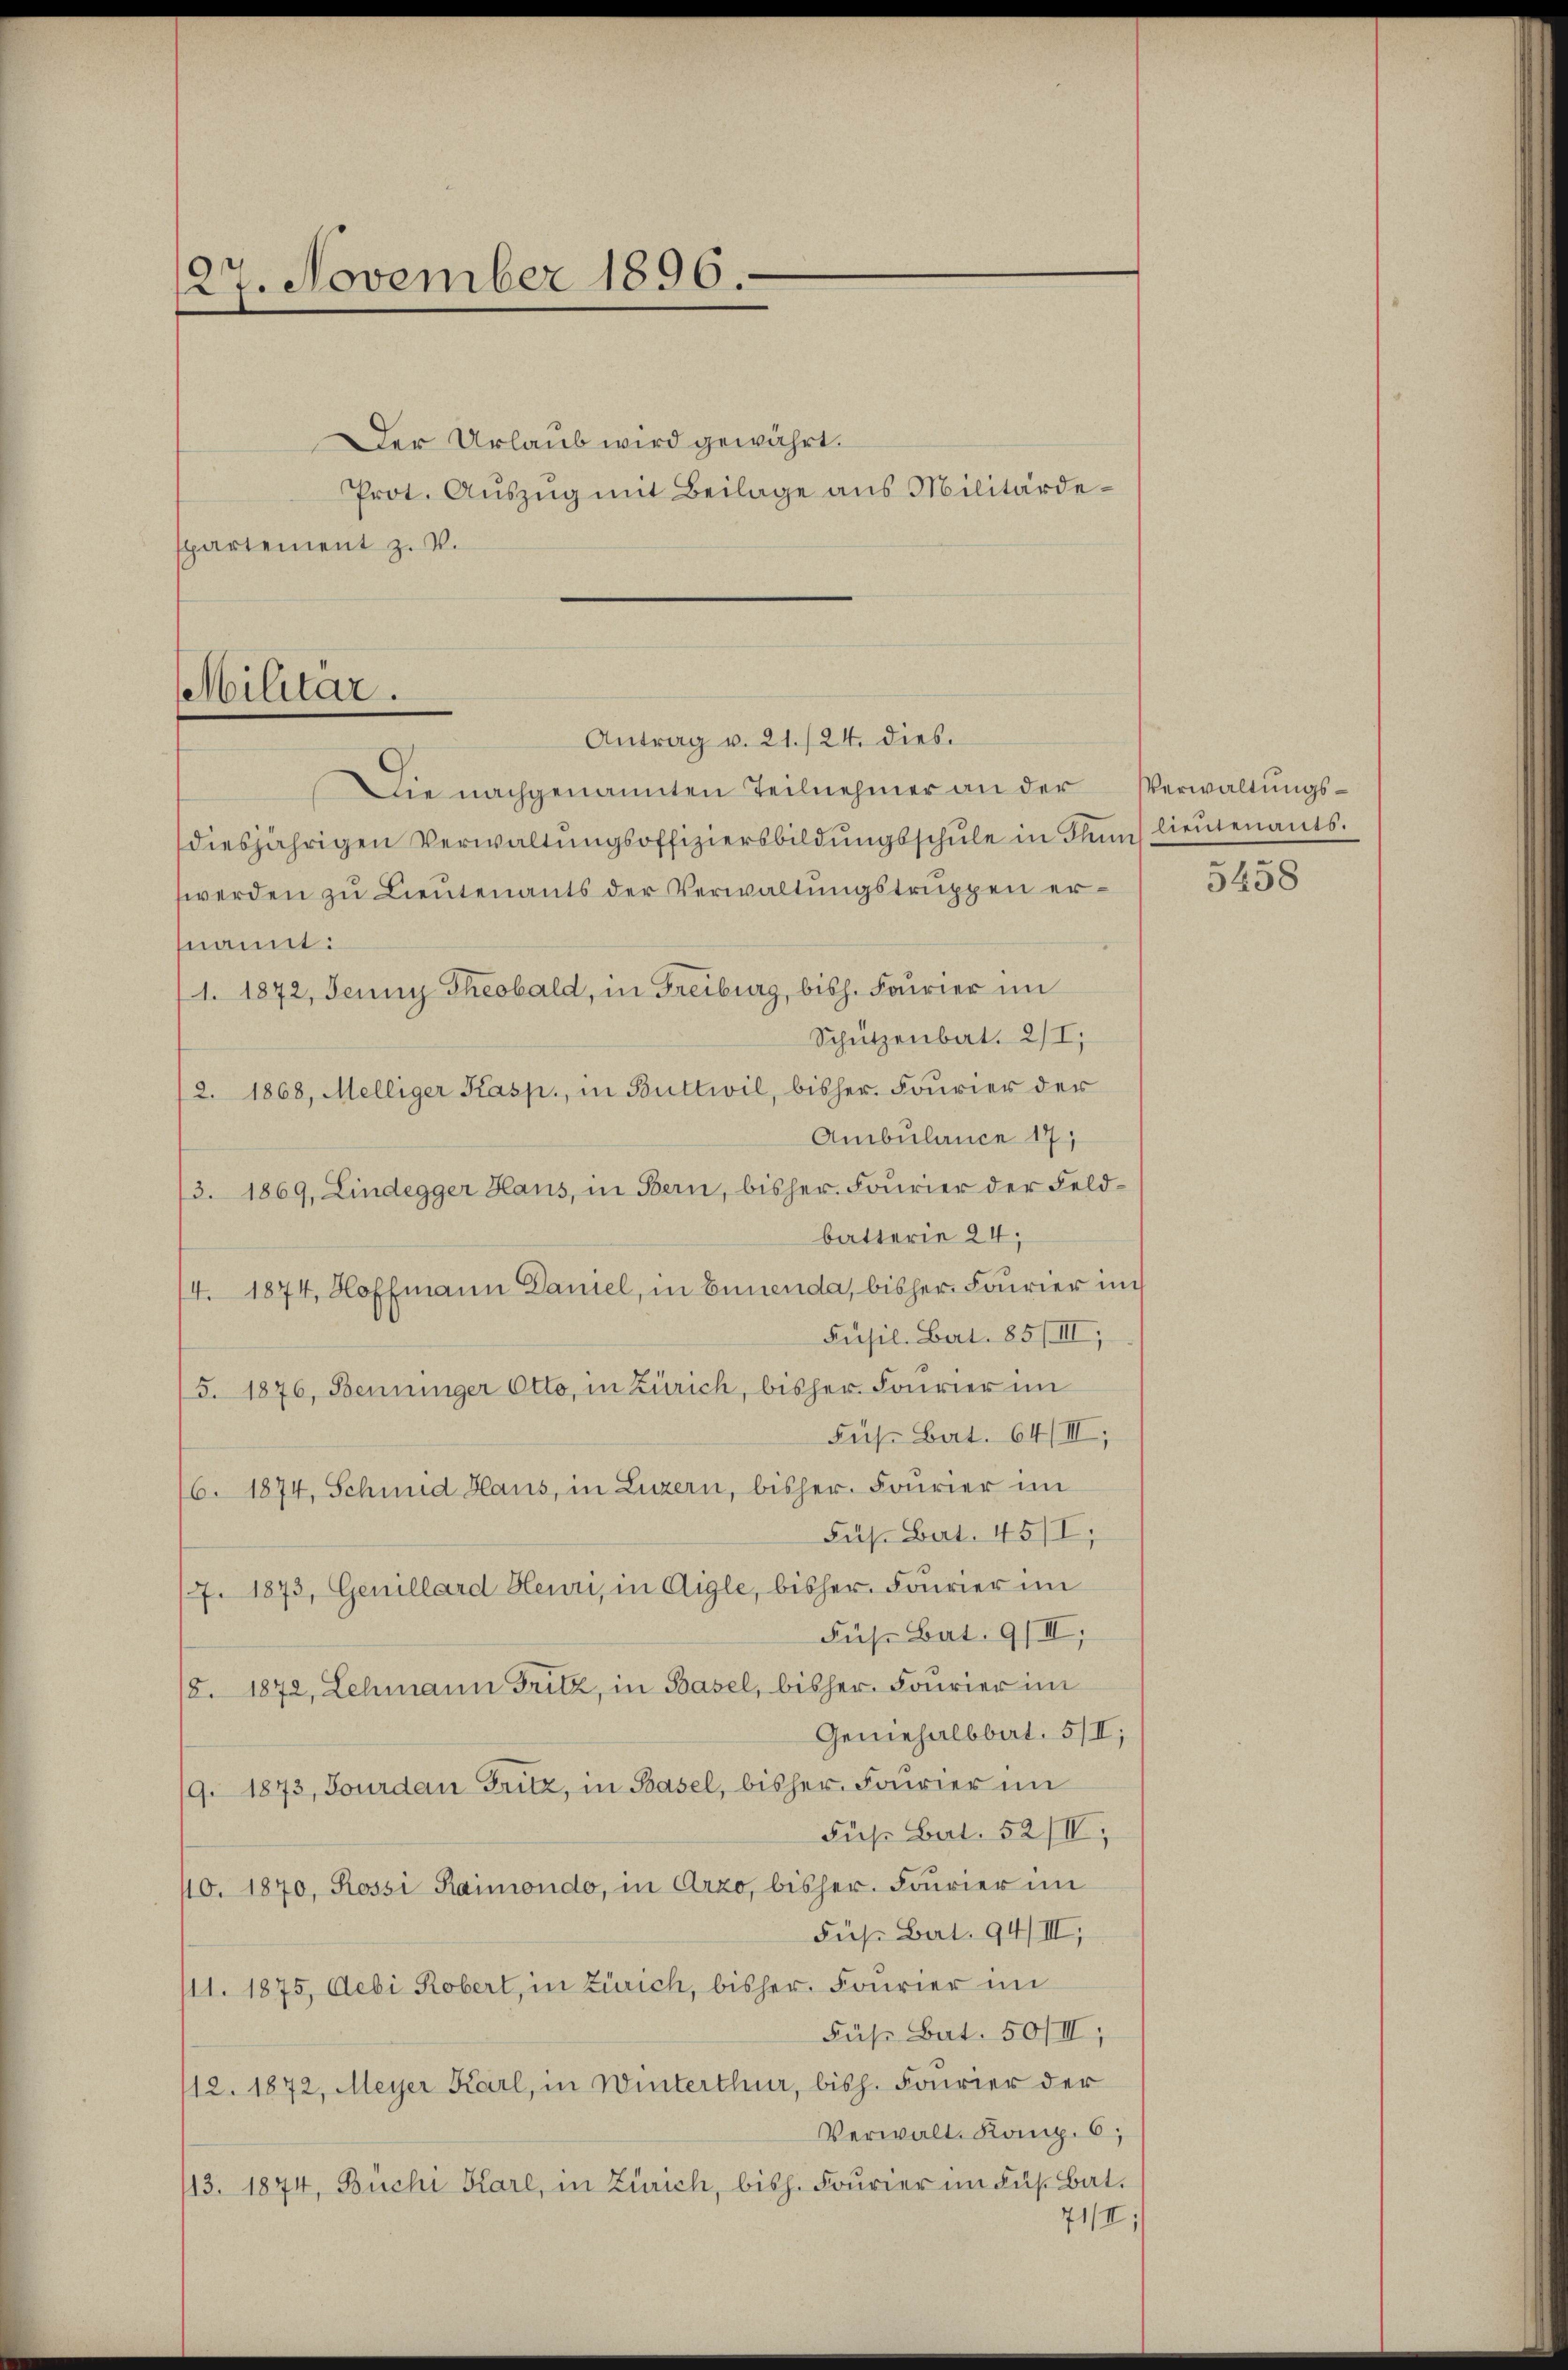
27. November 1896.

Der Urlaub wird gewährt.
Prot. Aŭszŭg mit Beilage aus Militärdespartement z. v.

Militar.
Antrag v. 21./24. dies

Die nachgenannten Teilnehmer an der Verwaltungsdiesjährigen Verwaltŭngsoffiziersbildŭngsschŭle in Thun lieutenants.
werden zu Lieutenants der Verwaltungstruppen ernannt:
1. 1872, Jenny Theobald, in Freiburg, bish. Fourier im
Schützenbat. 2/I,
/2. 1868, Melliger Kasp., in Buttwil, bisher Fourier der
Ambulance 17
/3. 1869, Lindegger Haus, in Bern, bisher Fourier der Feldbatterie 24;
4. 1874, Hoffmann Daniel, in Ennenda, bisher Fourier im
Pusil. Bart. 85/III,
5. 1876, Benninger Otto, in Zürich, bisher Fourier im
Füße Bat. 64/III;
6. 1874, Schmid Haus, in Luzern, bisher Fourier im
Sus. Bart. 45/I,
/7. 1873, Genillard Heuri, in Aigle, bisher Fourier im
Füs Bat. 9/III,
/8. 1872, Lehmann Fritz, in Basel, bisher Fourier im
Geniehalbbal. 5/II;
/9. 1873, Jourdan Fritz, in Basel, bisher Fourier im
Fuß Bart. 52/II,
10. 1870, Rossi Raimondo, in Arzo, bisher. Fourier im
Füs Bat. 94/III,
/11. 1875, Debi Robert, in Zürich, bisher Fourier im
Füß Bat. 50/III,
112. 1872, Meyer Karl, in Winterthur, bish. Fourier der
Verwalt. Komp. 6,
113. 1874, Büchi Karl, in Zürich, bish. Fourier im Fus. Bat.
71/I,

5458